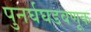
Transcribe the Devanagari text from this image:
पुनर्घघडवणूक